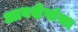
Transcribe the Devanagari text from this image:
आवशेषांचा